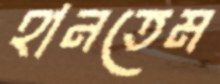
হানতেম